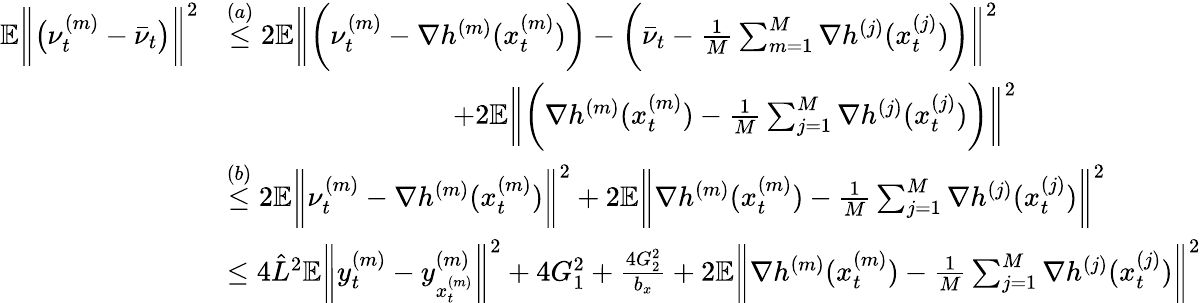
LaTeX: \begin{array}{rl}{\mathbb{E}\bigg\| \big(\nu_{t}^{(m)}-\bar{\nu}_{t}\big)\bigg\| ^{2}}&{\overset{(a)}{\leq}2\mathbb{E}\bigg\| \bigg(\nu_{t}^{(m)}-\nabla h^{(m)}(x_{t}^{(m)})\bigg)-\bigg(\bar{\nu}_{t}-\frac{1}{M}\sum_{m=1}^{M}\nabla h^{(j)}(x_{t}^{(j)})\bigg)\bigg\| ^{2}}\\ &{\qquad\qquad\qquad\qquad+2\mathbb{E}\bigg\| \bigg(\nabla h^{(m)}(x_{t}^{(m)})-\frac{1}{M}\sum_{j=1}^{M}\nabla h^{(j)}(x_{t}^{(j)})\bigg)\bigg\| ^{2}}\\ &{\overset{(b)}{\leq}2\mathbb{E}\bigg\| \nu_{t}^{(m)}-\nabla h^{(m)}(x_{t}^{(m)})\bigg\| ^{2}+2\mathbb{E}\bigg\| \nabla h^{(m)}(x_{t}^{(m)})-\frac{1}{M}\sum_{j=1}^{M}\nabla h^{(j)}(x_{t}^{(j)})\bigg\| ^{2}}\\ &{\leq 4\hat{L}^{2}\mathbb{E}\bigg\| y_{t}^{(m)}-y_{x_{t}^{(m)}}^{(m)}\bigg\| ^{2}+4G_{1}^{2}+\frac{4G_{2}^{2}}{b_{x}}+2\mathbb{E}\bigg\| \nabla h^{(m)}(x_{t}^{(m)})-\frac{1}{M}\sum_{j=1}^{M}\nabla h^{(j)}(x_{t}^{(j)})\bigg\| ^{2}}\end{array}